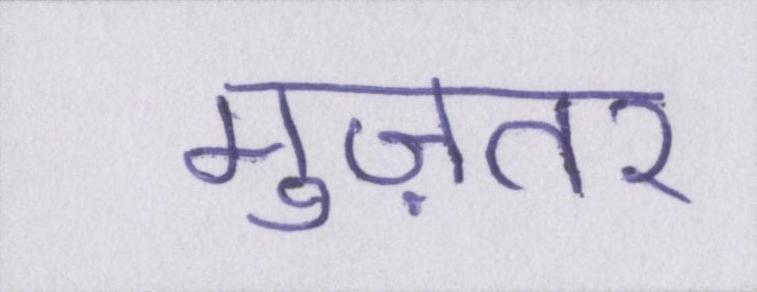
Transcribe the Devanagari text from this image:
मुज़तर